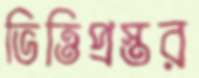
ভিত্তিপ্রস্তর